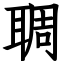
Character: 䎻